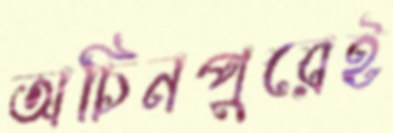
অচিনপুরেই